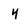
Character: 4